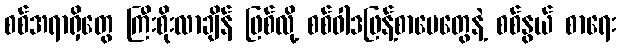
စစ်အရာရှိတွေ ကြီးစိုးလာချိန် ဖြစ်လို့ စစ်ဝါဒဖြန့်စာပေတွေနဲ့ စစ်နွယ် စာရေး